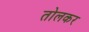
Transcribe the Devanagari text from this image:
तोलकर